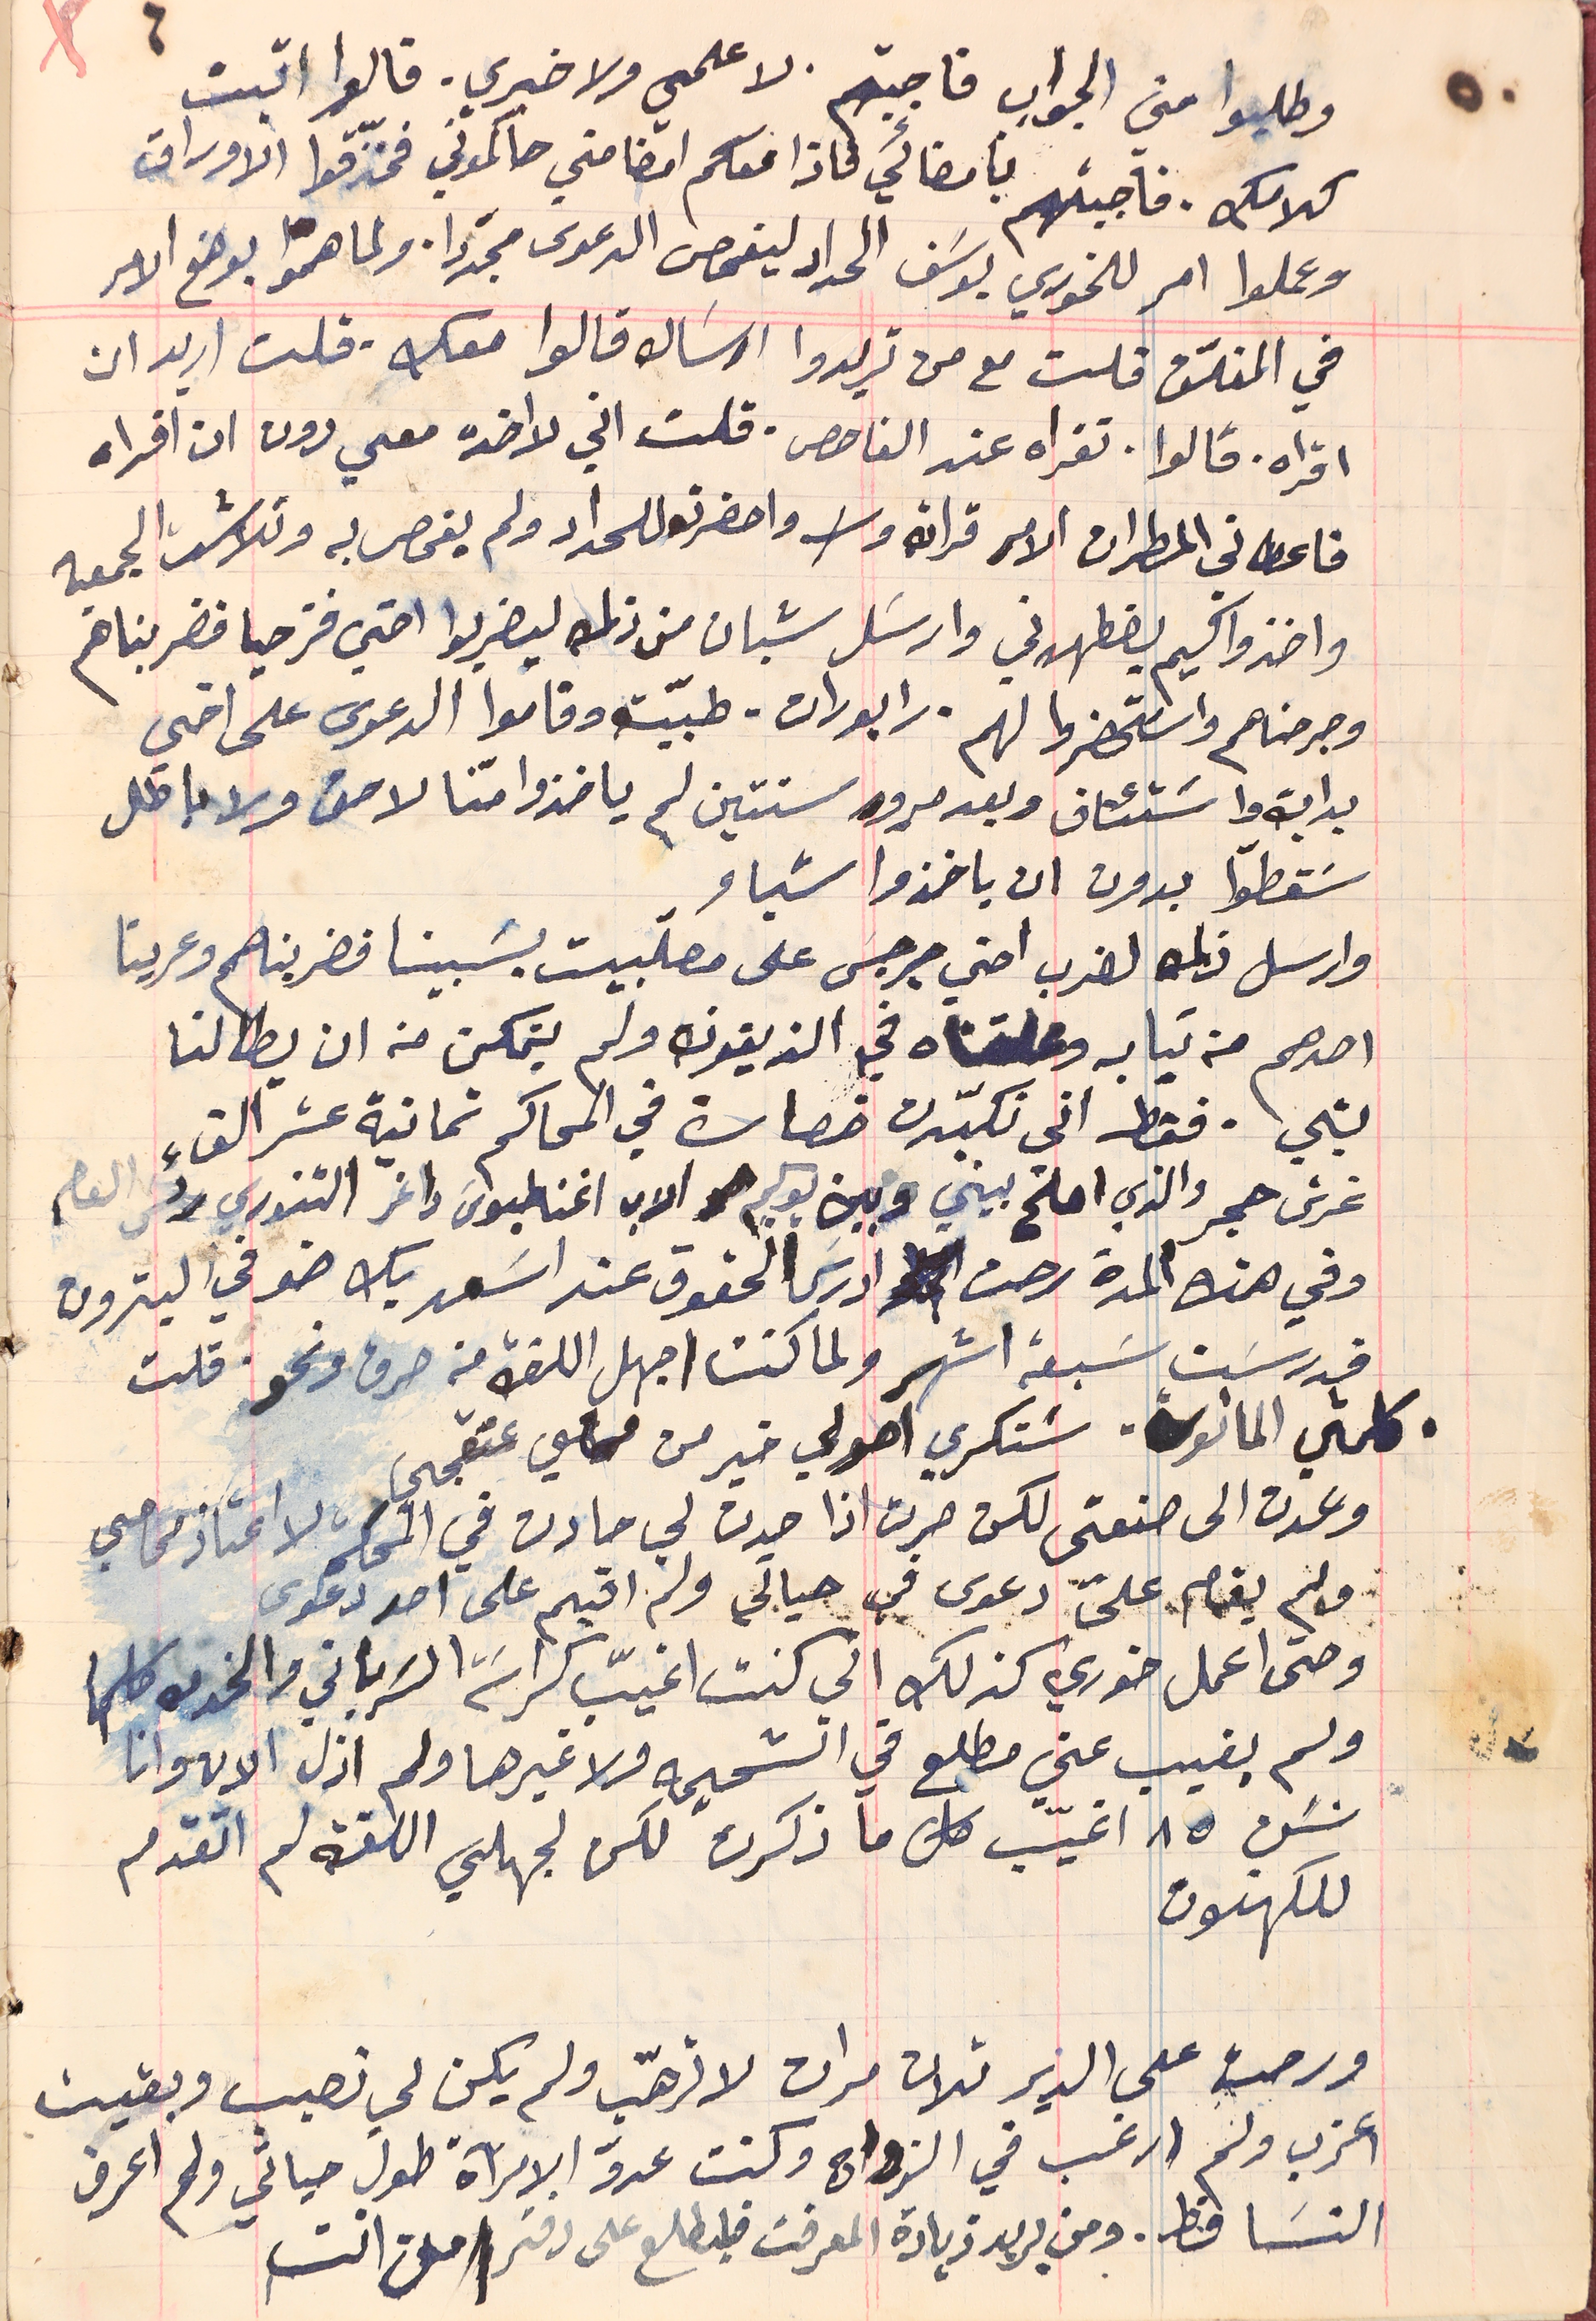
وطلبوا مني الجواب فاجبتهم. لا علمي ولا خبري. قالوا اثبت
كلامك. فاجبتهم بامضائي فاذا معكم امضائي فحاكموني فمزقوا الاوراق
وعملوا امر للخوري يوسَف الحداد ليفحص الدعوى مجدَدا. ولما همّوا بوضع الامر
في المغلّف قلت مع من تريدوا ارسَاله قالوا معك. قلت اريد ان
 اقراه. قالوا، تقراه عند الفاحص. قلت اني لا اخده معي دون ان اقراه
فاعطاني المطران الامر قراتة واحضرته للحداد ولم يفحص به وتلاشت الجمعيه
واخذ واكيم يضطهدني وارسَل شبان من زلمه ليضربوا اخي قزحيا فضربناهم
وجرحناهم واسَتحضروا لهم. رابورات – طبّية وقاموا الدعوى على اخي
بداية واسَتئناف وبعد مرور سنتين لم ياخذوا منا لا حق ولا باطل
 سَقطوا بدون ان ياخذوا شياء
 وارسل زلمه لضرب اخي جرجسَ على مصلبيت بسَبينا فضربناهم وعرينا
احدهم من تبابه وعلقناه في الزيتون ولم يتمكن من ان يطالنا
بشي .فقط اني تكبّدت خصارة في المحاكم ثمانية عشر الف
 غرش حجر والذي اصلح بيني وبين يوكيم هو الاب اغناطيوسَ داغر التنوري رئس العام
 وفي هذه المدة رحت ادرسَ الحقوق عند اسَعد بك ضو في البترون.
فدرسَت سَبعة اشهر ولما كنت اجهل اللغة من صرف ونحو قلت
كلمتي الماثورة، سنكرى اصولي خير من محامي عتقجي
 وعدت الى صنعتى لكن صرت اذا حدث لي حادث في المحكم لا اعتاذ محامي
ولم يقام علىّ دعوى في حياتي ولم اقيم على احد دعوى
وحتى اعمل خوري كذلك اني كنت اغيّب كراسَة السَرياني والخدمه كلها
ولم يغيب عني مطلع في الشحيمه ولا غيرها ولم ازل الان وانا
ورحت على الدير تلات مرات لاترهّب ولم يكن لي نصيب وبقيت
اعزب ولم ارغب في الزواج وكنت عدوّ الامرآة طول حيالي ولم اعرف
سَن ٨٥ اغيّب كل ما ذكرت لكن لجهلي اللغة لم اتقدم
للكهنوت
النسَا قط. ومن يريد زيادة المعرفت فليطلع على دفتر من انت